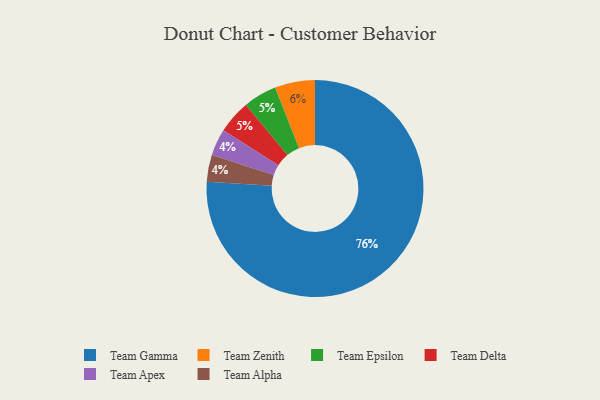
{"axis": {"x": "Category", "y": "Percentage"}, "legend": ["Team Alpha", "Team Apex", "Team Delta", "Team Epsilon", "Team Gamma", "Team Zenith"], "data": [{"x": "Team Apex", "y": 4, "type": "Team Apex"}, {"x": "Team Gamma", "y": 76, "type": "Team Gamma"}, {"x": "Team Alpha", "y": 4, "type": "Team Alpha"}, {"x": "Team Epsilon", "y": 5, "type": "Team Epsilon"}, {"x": "Team Delta", "y": 5, "type": "Team Delta"}, {"x": "Team Zenith", "y": 6, "type": "Team Zenith"}]}